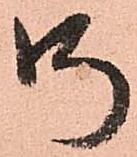
御